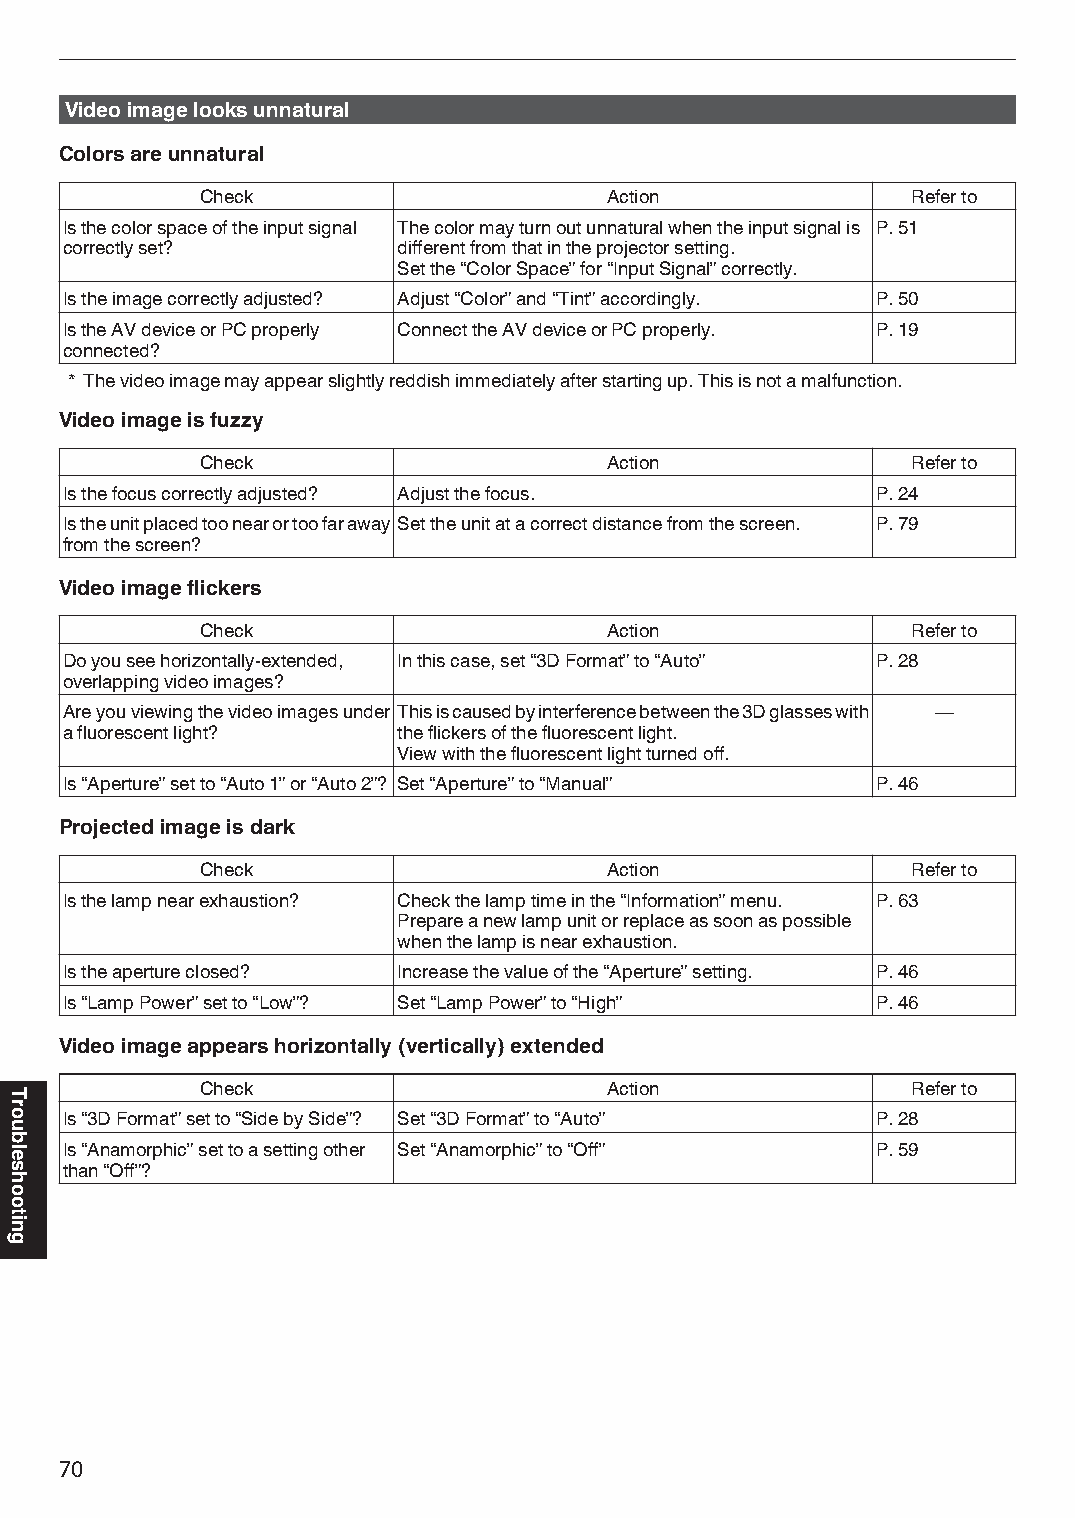
Video image looks unnatural
 Colors are unnatural
 Check                      Action              Refer to
 Is the color space of the input signal The color may turn out unnatural when the input signal is P. 51
 correctly set?        different from that in the projector setting.
 Set the “Color Space” for “Input Signal” correctly.
 Is the image correctly adjusted? Adjust “Color” and “Tint” accordingly. P. 50
 Is the AV device or PC properly Connect the AV device or PC properly. P. 19
 connected?
 * The video image may appear slightly reddish immediately after starting up. This is not a malfunction.
 Video image is fuzzy
 Check                      Action              Refer to
 Is the focus correctly adjusted? Adjust the focus.    P. 24
 Is the unit placed too near or too far away Set the unit at a correct distance from the screen. P. 79
 from the screen?
 Video image flickers
 Check                      Action              Refer to
 Do you see horizontally-extended, In this case, set “3D Format” to “Auto” P. 28
 overlapping video images?
 Are you viewing the video images under This is caused by interference between the 3D glasses with —
 a fluorescent light?  the flickers of the fluorescent light.
 View with the fluorescent light turned off.
 Is “Aperture” set to “Auto 1” or “Auto 2”? Set “Aperture” to “Manual” P. 46
 Projected image is dark
 Check                      Action              Refer to
 Is the lamp near exhaustion? Check the lamp time in the “Information” menu. P. 63
 Prepare a new lamp unit or replace as soon as possible
 when the lamp is near exhaustion.
 Is the aperture closed? Increase the value of the “Aperture” setting. P. 46
 Is “Lamp Power” set to “Low”? Set “Lamp Power” to “High” P. 46
 Video image appears horizontally (vertically) extended
 Check                      Action              Refer to
 Is “3D Format” set to “Side by Side”? Set “3D Format” to “Auto” P. 28
 Is “Anamorphic” set to a setting other Set “Anamorphic” to “Off” P. 59
 than “Off”?
 70
 Troubleshooting